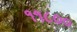
૧૧૮૦૦